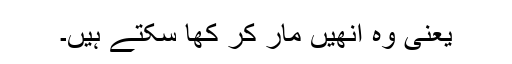
یعنی وہ انھیں مار کر کھا سکتے ہیں۔